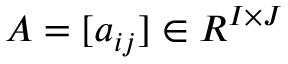
A = [ a _ { i j } ] \in R ^ { I \times J }